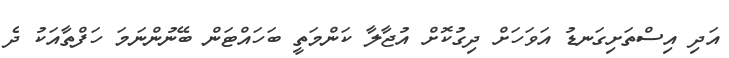
އަދި އިސްތަށިގަނޑު އަވަހަށް ދިގުކޮށް އުޖާލާ ކަންމަތީ ބަހައްޓަން ބޭނުންނަމަ ހަފްތާއަކު ދެ